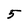
Character: 5